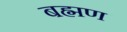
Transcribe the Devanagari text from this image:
बह्मण